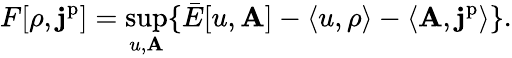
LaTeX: F[\rho,\mathbf{j}^{\mathrm{p}}]=\operatorname*{sup}_{u,\mathbf{A}}\{ \bar{E}[u,\mathbf{A}]-\langle u,\rho\rangle-\langle\mathbf{A},\mathbf{j}^{\mathrm{p}}\rangle\} .